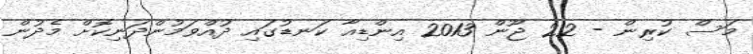
މަސް ކުރިން - 22 ޖޫން 2013 އިންޑިއާ ކަނޑުގައި ދުއްވަމުންދަނިކޮށް މެދުން